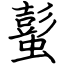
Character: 蟚